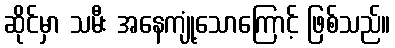
ဆိုင်မှာ သမီး အနေကျုံ့သောကြောင့် ဖြစ်သည်။